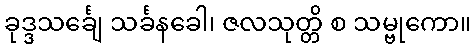
ခုဒ္ဒသင်္ချေ သင်္ခနခေါ၊ ဇလသုတ္တိ စ သမ္ဗုကော။